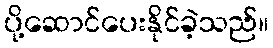
ပို့ဆောင်ပေးနိုင်ခဲ့သည်။